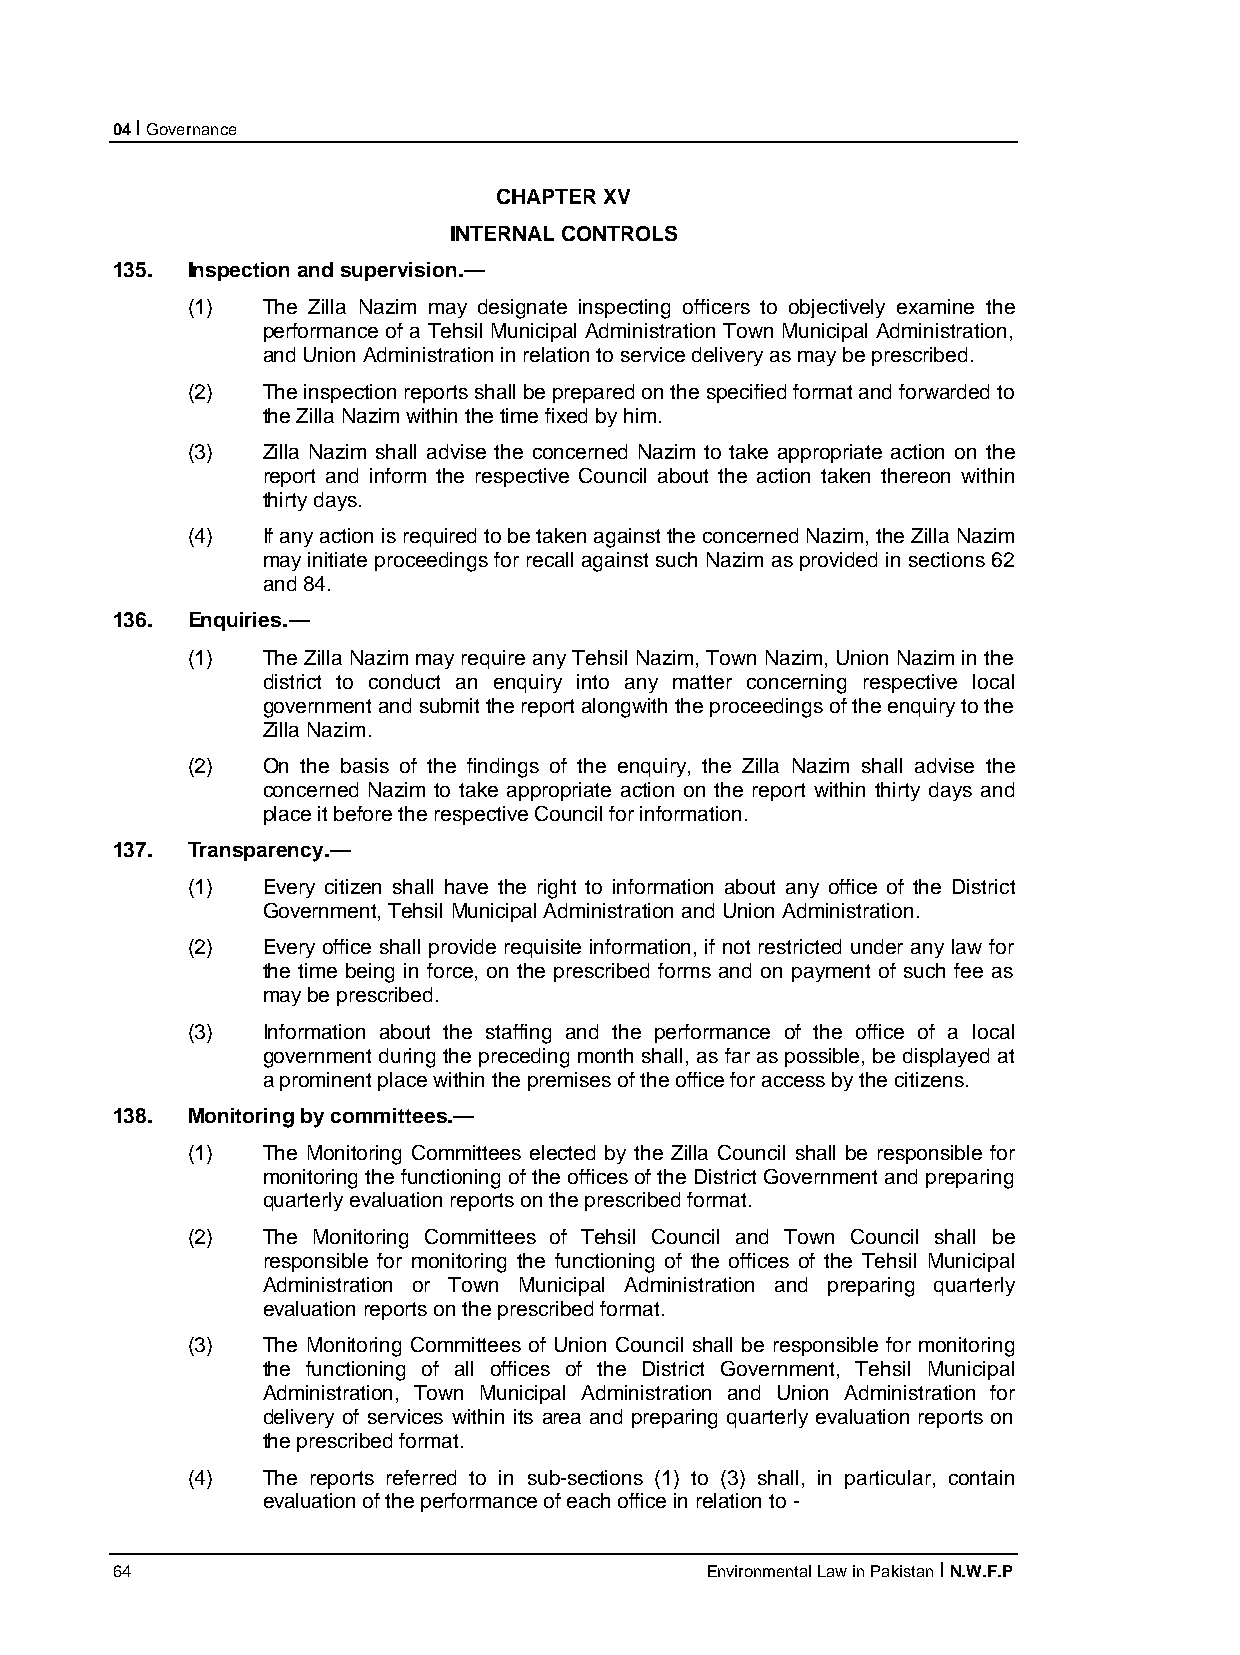
04 I Governance
 CHAPTER XV
 INTERNAL CONTROLS
 135. Inspection and supervision.—
 (1)  The Zilla Nazim may designate inspecting officers to objectively examine the
 performance of a Tehsil Municipal Administration Town Municipal Administration,
 and Union Administration in relation to service delivery as may be prescribed.
 (2)  The inspection reports shall be prepared on the specified format and forwarded to
 the Zilla Nazim within the time fixed by him.
 (3)  Zilla Nazim shall advise the concerned Nazim to take appropriate action on the
 report and inform the respective Council about the action taken thereon within
 thirty days.
 (4)  If any action is required to be taken against the concerned Nazim, the Zilla Nazim
 may initiate proceedings for recall against such Nazim as provided in sections 62
 and 84.
 136. Enquiries.—
 (1)  The Zilla Nazim may require any Tehsil Nazim, Town Nazim, Union Nazim in the
 district to conduct an enquiry into any matter concerning respective local
 government and submit the report alongwith the proceedings of the enquiry to the
 Zilla Nazim.
 (2)  On the basis of the findings of the enquiry, the Zilla Nazim shall advise the
 concerned Nazim to take appropriate action on the report within thirty days and
 place it before the respective Council for information.
 137. Transparency.—
 (1)  Every citizen shall have the right to information about any office of the District
 Government, Tehsil Municipal Administration and Union Administration.
 (2)  Every office shall provide requisite information, if not restricted under any law for
 the time being in force, on the prescribed forms and on payment of such fee as
 may be prescribed.
 (3)  Information about the staffing and the performance of the office of a local
 government during the preceding month shall, as far as possible, be displayed at
 a prominent place within the premises of the office for access by the citizens.
 138. Monitoring by committees.—
 (1)  The Monitoring Committees elected by the Zilla Council shall be responsible for
 monitoring the functioning of the offices of the District Government and preparing
 quarterly evaluation reports on the prescribed format.
 (2)  The Monitoring Committees of Tehsil Council and Town Council shall be
 responsible for monitoring the functioning of the offices of the Tehsil Municipal
 Administration or Town Municipal Administration and preparing quarterly
 evaluation reports on the prescribed format.
 (3)  The Monitoring Committees of Union Council shall be responsible for monitoring
 the functioning of all offices of the District Government, Tehsil Municipal
 Administration, Town Municipal Administration and Union Administration for
 delivery of services within its area and preparing quarterly evaluation reports on
 the prescribed format.
 (4)  The reports referred to in sub-sections (1) to (3) shall, in particular, contain
 evaluation of the performance of each office in relation to -
 64                                      Environmental Law in Pakistan I N.W.F.P